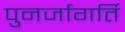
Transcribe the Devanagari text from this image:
पुनर्जागर्ति